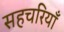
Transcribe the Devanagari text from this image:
सहचरियाँ